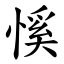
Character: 慀